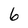
Character: 6